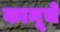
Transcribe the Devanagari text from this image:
कामूचे